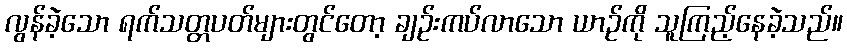
လွန်ခဲ့သော ရက်သတ္တပတ်များတွင်တော့ ချဉ်းကပ်လာသော ယာဉ်ကို သူကြည့်နေခဲ့သည်။